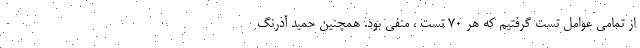
از تمامی عوامل تست گرفتیم که هر 70 تست ، منفی بود. همچنین حمید آذرنگ